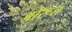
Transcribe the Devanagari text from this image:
बोरूत